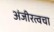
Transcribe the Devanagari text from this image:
अंजीरत्वचा